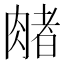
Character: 𬛃